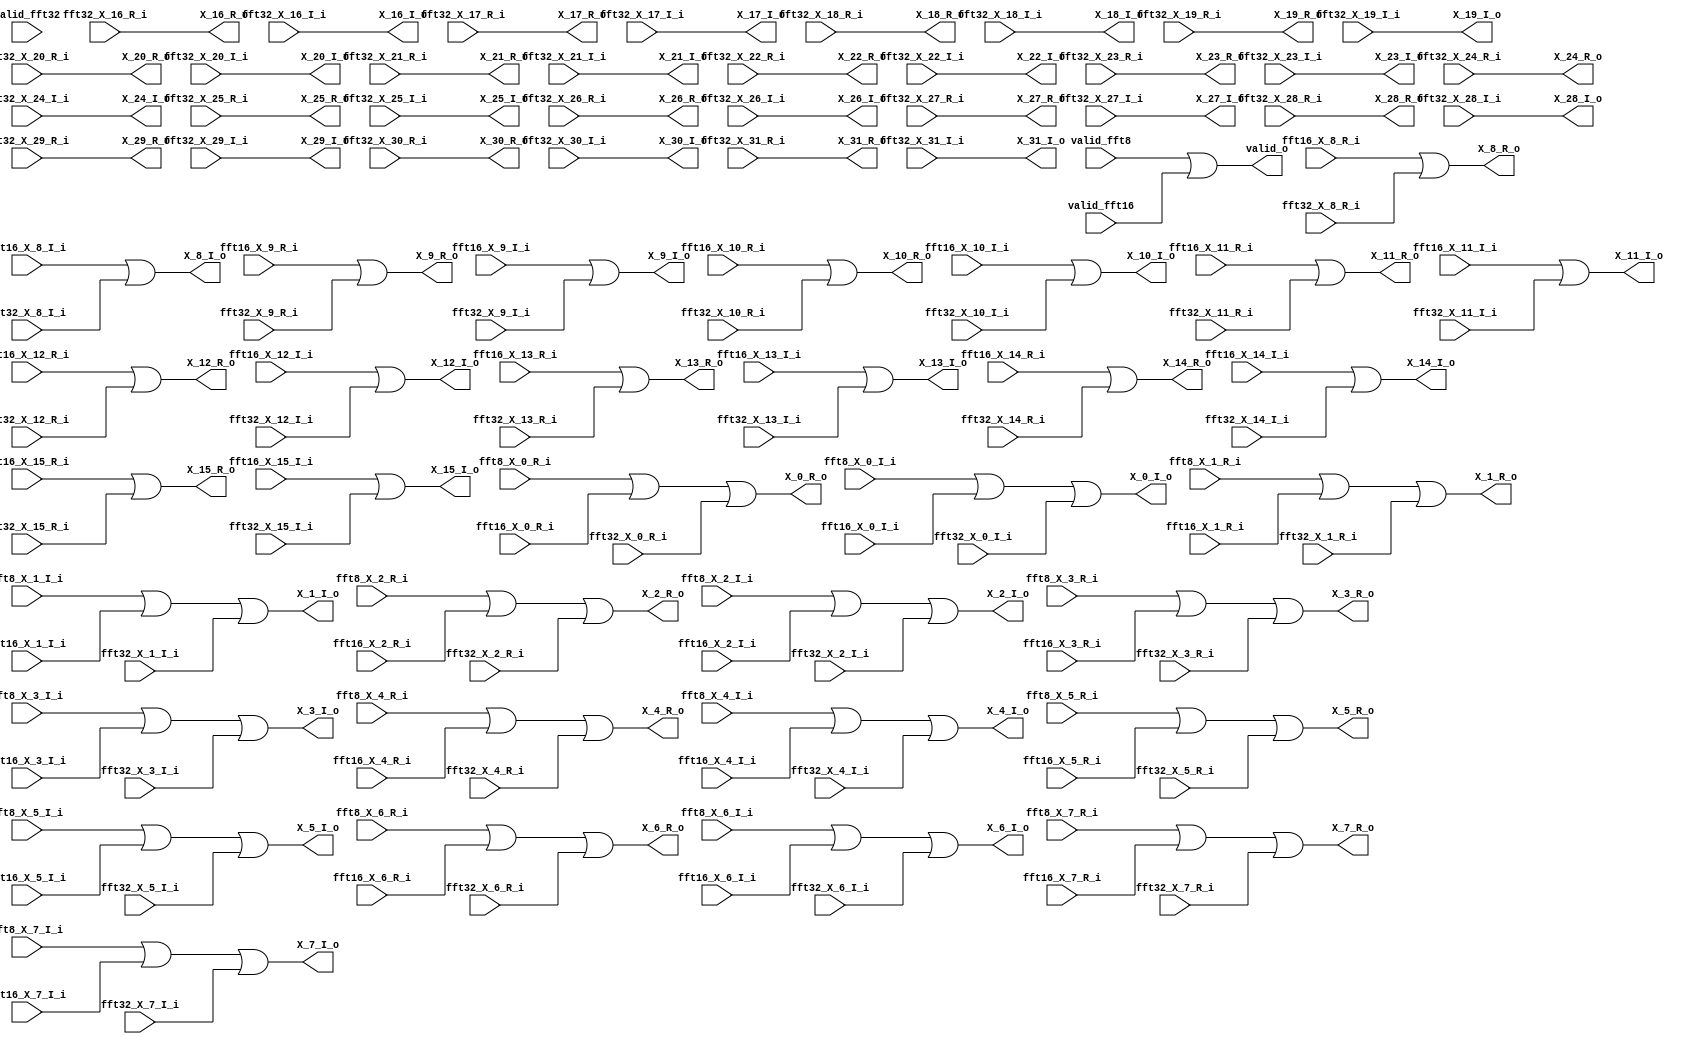
module fft_mux(


				input [15:0] fft8_X_0_R_i,
				input [15:0] fft8_X_0_I_i,
				input [15:0] fft8_X_1_R_i,
				input [15:0] fft8_X_1_I_i,
				input [15:0] fft8_X_2_R_i,
				input [15:0] fft8_X_2_I_i,
				input [15:0] fft8_X_3_R_i,
				input [15:0] fft8_X_3_I_i,
				input [15:0] fft8_X_4_R_i,
				input [15:0] fft8_X_4_I_i,
				input [15:0] fft8_X_5_R_i,
				input [15:0] fft8_X_5_I_i,
				input [15:0] fft8_X_6_R_i,
				input [15:0] fft8_X_6_I_i,
				input [15:0] fft8_X_7_R_i,
				input [15:0] fft8_X_7_I_i,

				input [15:0] fft16_X_0_R_i,
				input [15:0] fft16_X_0_I_i,
				input [15:0] fft16_X_1_R_i,
				input [15:0] fft16_X_1_I_i,
				input [15:0] fft16_X_2_R_i,
				input [15:0] fft16_X_2_I_i,
				input [15:0] fft16_X_3_R_i,
				input [15:0] fft16_X_3_I_i,
				input [15:0] fft16_X_4_R_i,
				input [15:0] fft16_X_4_I_i,
				input [15:0] fft16_X_5_R_i,
				input [15:0] fft16_X_5_I_i,
				input [15:0] fft16_X_6_R_i,
				input [15:0] fft16_X_6_I_i,
				input [15:0] fft16_X_7_R_i,
				input [15:0] fft16_X_7_I_i,
				input [15:0] fft16_X_8_R_i,
				input [15:0] fft16_X_8_I_i,
				input [15:0] fft16_X_9_R_i,
				input [15:0] fft16_X_9_I_i,
				input [15:0] fft16_X_10_R_i,
				input [15:0] fft16_X_10_I_i,
				input [15:0] fft16_X_11_R_i,
				input [15:0] fft16_X_11_I_i,
				input [15:0] fft16_X_12_R_i,
				input [15:0] fft16_X_12_I_i,
				input [15:0] fft16_X_13_R_i,
				input [15:0] fft16_X_13_I_i,
				input [15:0] fft16_X_14_R_i,
				input [15:0] fft16_X_14_I_i,
				input [15:0] fft16_X_15_R_i,
				input [15:0] fft16_X_15_I_i,

				input [15:0] fft32_X_0_R_i,
				input [15:0] fft32_X_0_I_i,
				input [15:0] fft32_X_1_R_i,
				input [15:0] fft32_X_1_I_i,
				input [15:0] fft32_X_2_R_i,
				input [15:0] fft32_X_2_I_i,
				input [15:0] fft32_X_3_R_i,
				input [15:0] fft32_X_3_I_i,
				input [15:0] fft32_X_4_R_i,
				input [15:0] fft32_X_4_I_i,
				input [15:0] fft32_X_5_R_i,
				input [15:0] fft32_X_5_I_i,
				input [15:0] fft32_X_6_R_i,
				input [15:0] fft32_X_6_I_i,
				input [15:0] fft32_X_7_R_i,
				input [15:0] fft32_X_7_I_i,
				input [15:0] fft32_X_8_R_i,
				input [15:0] fft32_X_8_I_i,
				input [15:0] fft32_X_9_R_i,
				input [15:0] fft32_X_9_I_i,
				input [15:0] fft32_X_10_R_i,
				input [15:0] fft32_X_10_I_i,
				input [15:0] fft32_X_11_R_i,
				input [15:0] fft32_X_11_I_i,
				input [15:0] fft32_X_12_R_i,
				input [15:0] fft32_X_12_I_i,
				input [15:0] fft32_X_13_R_i,
				input [15:0] fft32_X_13_I_i,
				input [15:0] fft32_X_14_R_i,
				input [15:0] fft32_X_14_I_i,
				input [15:0] fft32_X_15_R_i,
				input [15:0] fft32_X_15_I_i,
				input [15:0] fft32_X_16_R_i,
				input [15:0] fft32_X_16_I_i,
				input [15:0] fft32_X_17_R_i,
				input [15:0] fft32_X_17_I_i,
				input [15:0] fft32_X_18_R_i,
				input [15:0] fft32_X_18_I_i,
				input [15:0] fft32_X_19_R_i,
				input [15:0] fft32_X_19_I_i,
				input [15:0] fft32_X_20_R_i,
				input [15:0] fft32_X_20_I_i,
				input [15:0] fft32_X_21_R_i,
				input [15:0] fft32_X_21_I_i,
				input [15:0] fft32_X_22_R_i,
				input [15:0] fft32_X_22_I_i,
				input [15:0] fft32_X_23_R_i,
				input [15:0] fft32_X_23_I_i,
				input [15:0] fft32_X_24_R_i,
				input [15:0] fft32_X_24_I_i,
				input [15:0] fft32_X_25_R_i,
				input [15:0] fft32_X_25_I_i,
				input [15:0] fft32_X_26_R_i,
				input [15:0] fft32_X_26_I_i,
				input [15:0] fft32_X_27_R_i,
				input [15:0] fft32_X_27_I_i,
				input [15:0] fft32_X_28_R_i,
				input [15:0] fft32_X_28_I_i,
				input [15:0] fft32_X_29_R_i,
				input [15:0] fft32_X_29_I_i,
				input [15:0] fft32_X_30_R_i,
				input [15:0] fft32_X_30_I_i,
				input [15:0] fft32_X_31_R_i,
				input [15:0] fft32_X_31_I_i,

				input valid_fft8,
				input valid_fft16,
				input valid_fft32,

				output [15:0] X_0_R_o,
				output [15:0] X_0_I_o,
				output [15:0] X_1_R_o,
				output [15:0] X_1_I_o,
				output [15:0] X_2_R_o,
				output [15:0] X_2_I_o,
				output [15:0] X_3_R_o,
				output [15:0] X_3_I_o,
				output [15:0] X_4_R_o,
				output [15:0] X_4_I_o,
				output [15:0] X_5_R_o,
				output [15:0] X_5_I_o,
				output [15:0] X_6_R_o,
				output [15:0] X_6_I_o,
				output [15:0] X_7_R_o,
				output [15:0] X_7_I_o,
				output [15:0] X_8_R_o,
				output [15:0] X_8_I_o,
				output [15:0] X_9_R_o,
				output [15:0] X_9_I_o,
				output [15:0] X_10_R_o,
				output [15:0] X_10_I_o,
				output [15:0] X_11_R_o,
				output [15:0] X_11_I_o,
				output [15:0] X_12_R_o,
				output [15:0] X_12_I_o,
				output [15:0] X_13_R_o,
				output [15:0] X_13_I_o,
				output [15:0] X_14_R_o,
				output [15:0] X_14_I_o,
				output [15:0] X_15_R_o,
				output [15:0] X_15_I_o,
				output [15:0] X_16_R_o,
				output [15:0] X_16_I_o,
				output [15:0] X_17_R_o,
				output [15:0] X_17_I_o,
				output [15:0] X_18_R_o,
				output [15:0] X_18_I_o,
				output [15:0] X_19_R_o,
				output [15:0] X_19_I_o,
				output [15:0] X_20_R_o,
				output [15:0] X_20_I_o,
				output [15:0] X_21_R_o,
				output [15:0] X_21_I_o,
				output [15:0] X_22_R_o,
				output [15:0] X_22_I_o,
				output [15:0] X_23_R_o,
				output [15:0] X_23_I_o,
				output [15:0] X_24_R_o,
				output [15:0] X_24_I_o,
				output [15:0] X_25_R_o,
				output [15:0] X_25_I_o,
				output [15:0] X_26_R_o,
				output [15:0] X_26_I_o,
				output [15:0] X_27_R_o,
				output [15:0] X_27_I_o,
				output [15:0] X_28_R_o,
				output [15:0] X_28_I_o,
				output [15:0] X_29_R_o,
				output [15:0] X_29_I_o,
				output [15:0] X_30_R_o,
				output [15:0] X_30_I_o,
				output [15:0] X_31_R_o,
				output [15:0] X_31_I_o,


				output valid_o


				);



// mux3 X_R0(.fft_select_i(fft_select_i), .in_0_i(),in_1_i(), in_2_i(), .out(X_0_R_o));

assign X_0_R_o   =   fft8_X_0_R_i   | fft16_X_0_R_i | fft32_X_0_R_i;
assign X_0_I_o   =   fft8_X_0_I_i   | fft16_X_0_I_i | fft32_X_0_I_i;
assign X_1_R_o   =   fft8_X_1_R_i   | fft16_X_1_R_i | fft32_X_1_R_i;
assign X_1_I_o   =   fft8_X_1_I_i   | fft16_X_1_I_i | fft32_X_1_I_i;
assign X_2_R_o   =   fft8_X_2_R_i   | fft16_X_2_R_i | fft32_X_2_R_i;
assign X_2_I_o   =   fft8_X_2_I_i   | fft16_X_2_I_i | fft32_X_2_I_i;
assign X_3_R_o   =   fft8_X_3_R_i   | fft16_X_3_R_i | fft32_X_3_R_i;
assign X_3_I_o   =   fft8_X_3_I_i   | fft16_X_3_I_i | fft32_X_3_I_i;
assign X_4_R_o   =   fft8_X_4_R_i   | fft16_X_4_R_i | fft32_X_4_R_i;
assign X_4_I_o   =   fft8_X_4_I_i   | fft16_X_4_I_i | fft32_X_4_I_i;
assign X_5_R_o   =   fft8_X_5_R_i   | fft16_X_5_R_i | fft32_X_5_R_i;
assign X_5_I_o   =   fft8_X_5_I_i   | fft16_X_5_I_i | fft32_X_5_I_i;
assign X_6_R_o   =   fft8_X_6_R_i   | fft16_X_6_R_i | fft32_X_6_R_i;
assign X_6_I_o   =   fft8_X_6_I_i   | fft16_X_6_I_i | fft32_X_6_I_i;
assign X_7_R_o   =   fft8_X_7_R_i   | fft16_X_7_R_i | fft32_X_7_R_i;
assign X_7_I_o   =   fft8_X_7_I_i   | fft16_X_7_I_i | fft32_X_7_I_i;

assign X_8_R_o   =   fft16_X_8_R_i  | fft32_X_8_R_i;
assign X_8_I_o   =   fft16_X_8_I_i  | fft32_X_8_I_i;
assign X_9_R_o   =   fft16_X_9_R_i  | fft32_X_9_R_i;
assign X_9_I_o   =   fft16_X_9_I_i  | fft32_X_9_I_i;
assign X_10_R_o  =   fft16_X_10_R_i | fft32_X_10_R_i;
assign X_10_I_o  =   fft16_X_10_I_i | fft32_X_10_I_i;
assign X_11_R_o  =   fft16_X_11_R_i | fft32_X_11_R_i;
assign X_11_I_o  =   fft16_X_11_I_i | fft32_X_11_I_i;
assign X_12_R_o  =   fft16_X_12_R_i | fft32_X_12_R_i;
assign X_12_I_o  =   fft16_X_12_I_i | fft32_X_12_I_i;
assign X_13_R_o  =   fft16_X_13_R_i | fft32_X_13_R_i;
assign X_13_I_o  =   fft16_X_13_I_i | fft32_X_13_I_i;
assign X_14_R_o  =   fft16_X_14_R_i | fft32_X_14_R_i;
assign X_14_I_o  =   fft16_X_14_I_i | fft32_X_14_I_i;
assign X_15_R_o  =   fft16_X_15_R_i | fft32_X_15_R_i;
assign X_15_I_o  =   fft16_X_15_I_i | fft32_X_15_I_i;

assign X_16_R_o  =   fft32_X_16_R_i;
assign X_16_I_o  =   fft32_X_16_I_i;
assign X_17_R_o  =   fft32_X_17_R_i;
assign X_17_I_o  =   fft32_X_17_I_i;
assign X_18_R_o  =   fft32_X_18_R_i;
assign X_18_I_o  =   fft32_X_18_I_i;
assign X_19_R_o  =   fft32_X_19_R_i;
assign X_19_I_o  =   fft32_X_19_I_i;
assign X_20_R_o  =   fft32_X_20_R_i;
assign X_20_I_o  =   fft32_X_20_I_i;
assign X_21_R_o  =   fft32_X_21_R_i;
assign X_21_I_o  =   fft32_X_21_I_i;
assign X_22_R_o  =   fft32_X_22_R_i;
assign X_22_I_o  =   fft32_X_22_I_i;
assign X_23_R_o  =   fft32_X_23_R_i;
assign X_23_I_o  =   fft32_X_23_I_i;
assign X_24_R_o  =   fft32_X_24_R_i;
assign X_24_I_o  =   fft32_X_24_I_i;
assign X_25_R_o  =   fft32_X_25_R_i;
assign X_25_I_o  =   fft32_X_25_I_i;
assign X_26_R_o  =   fft32_X_26_R_i;
assign X_26_I_o  =   fft32_X_26_I_i;
assign X_27_R_o  =   fft32_X_27_R_i;
assign X_27_I_o  =   fft32_X_27_I_i;
assign X_28_R_o  =   fft32_X_28_R_i;
assign X_28_I_o  =   fft32_X_28_I_i;
assign X_29_R_o  =   fft32_X_29_R_i;
assign X_29_I_o  =   fft32_X_29_I_i;
assign X_30_R_o  =   fft32_X_30_R_i;
assign X_30_I_o  =   fft32_X_30_I_i;
assign X_31_R_o  =   fft32_X_31_R_i;
assign X_31_I_o  =   fft32_X_31_I_i;

assign valid_o   = valid_fft8 | valid_fft16;


endmodule